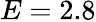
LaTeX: E=2.8